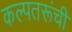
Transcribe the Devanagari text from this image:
कल्पतरूंची